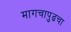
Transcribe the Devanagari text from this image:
मागचापुढचा